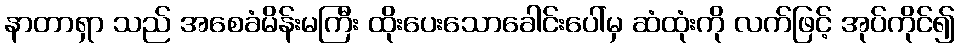
နာတာရှာ သည် အစေခံမိန်းမကြီး ထိုးပေးသောခေါင်းပေါ်မှ ဆံထုံးကို လက်ဖြင့် အုပ်ကိုင်၍